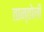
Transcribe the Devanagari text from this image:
तान्तोली